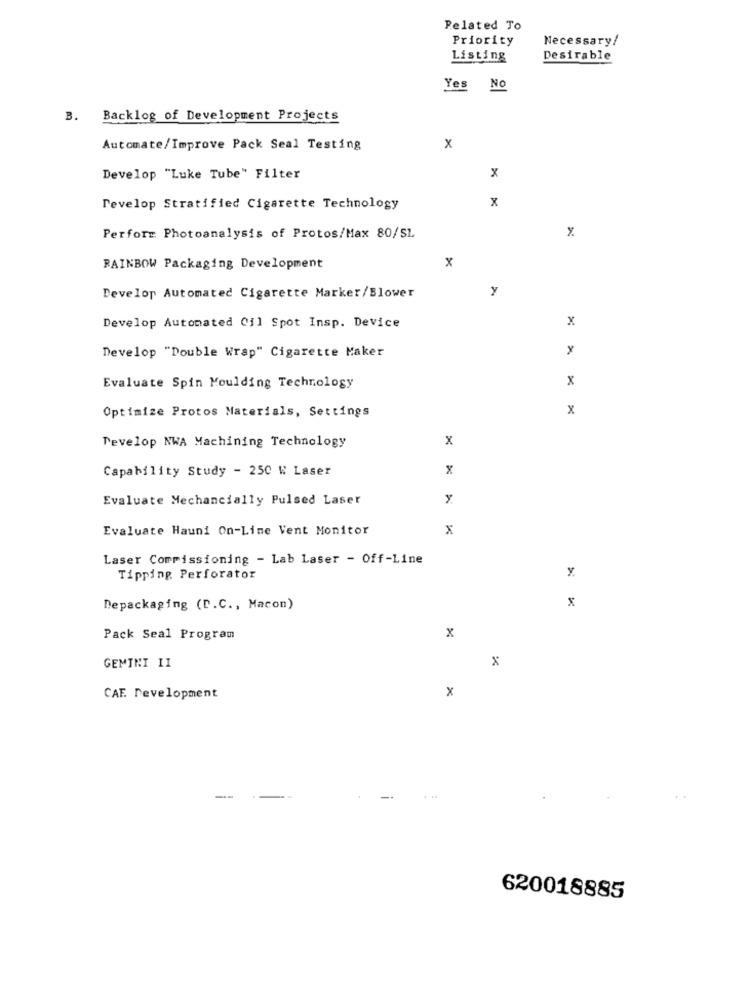
Pelated To
Priority
Necessary/
Listing
Desirable
Yes No
B. Backlog of Development Projects
Automate/Improve Pack Seal Testing
x
Develop "Luke Tube" Filter
Develop Stratified Cigarette Technology
x
Perform Photoanalysis of Protos/Max 80/S1.
%
x
RAINBOW Packaging Development
y
Develop Automated Cigarette Marker/Blower
x
Develop Automated Cil Spot Insp. Device
Develop "Double Wrap" Cigarette Maker
%
Evaluate Spin Moulding Technology
x
Optimize Protos Materials, Settings
x
Develop NWA Machining Technology
x
Capability Study - 250 W Laser
x
Evaluate Mechancially Pulsed Laser
Evaluate Hauni On-Line Vent Monitor
x
Laser Commissioning - Lab Laser - Off-Line
Tipping Perforator
x
Depackaging (D.C ., Macon)
Pack Seal Program
x
GEMINI II
x
CAF. Development
620018885